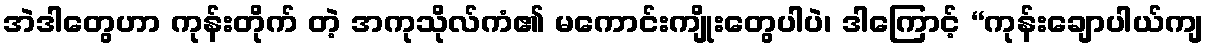
အဲဒါတွေဟာ ကုန်းတိုက် တဲ့ အကုသိုလ်ကံ၏ မကောင်းကျိုးတွေပါပဲ၊ ဒါကြောင့် “ကုန်းချောပါယ်ကျ